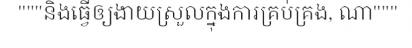
"""និងធ្វើឲ្យងាយស្រួលក្នុងការគ្រប់គ្រង, ណា"""